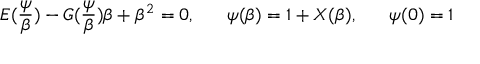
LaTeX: E ( \frac { \psi } { \beta } ) - G ( \frac { \psi } { \beta } ) \beta + \beta ^ { 2 } = 0 , \; \; \; \; \; \; \psi ( \beta ) = 1 + X ( \beta ) , \; \; \; \; \; \; \psi ( 0 ) = 1